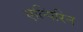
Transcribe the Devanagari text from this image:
एल्पिरिन